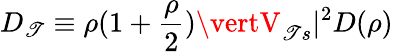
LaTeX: D_{\mathscr{T}}\equiv\rho(1+{\frac{{\rho}}{{2}}})\vertV_{\mathscr{T}s}\vert^{2}D(\rho)